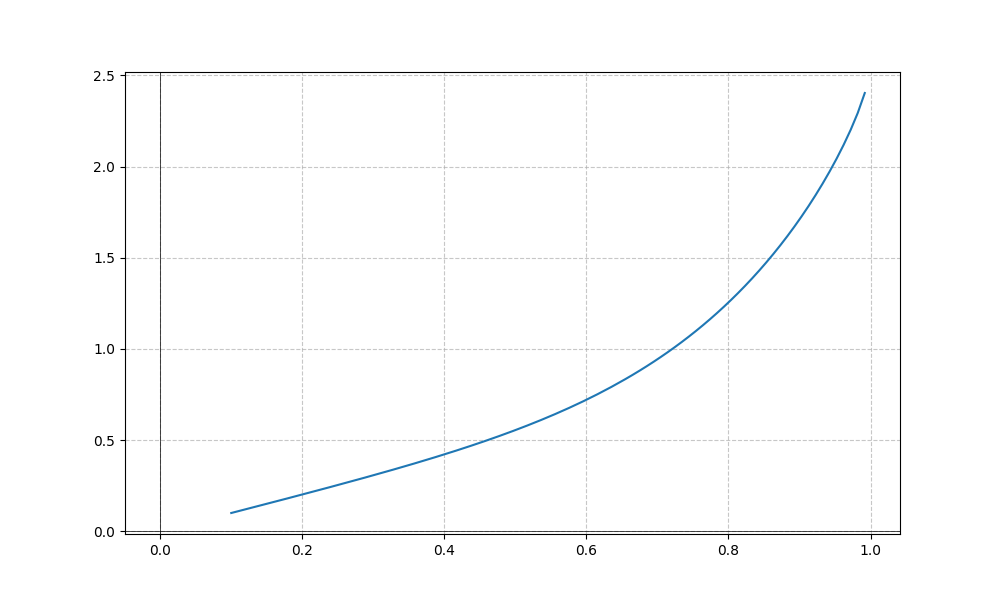
LaTeX formula: x^{5} + \operatorname{asin}{\left(x \right)}